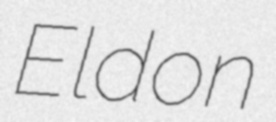
Eldon